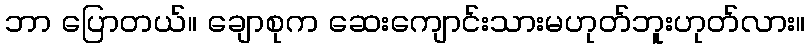
ဘာ ပြောတယ်။ ချောစုက ဆေးကျောင်းသားမဟုတ်ဘူးဟုတ်လား။